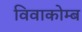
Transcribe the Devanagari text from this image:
विवाकोम्ब